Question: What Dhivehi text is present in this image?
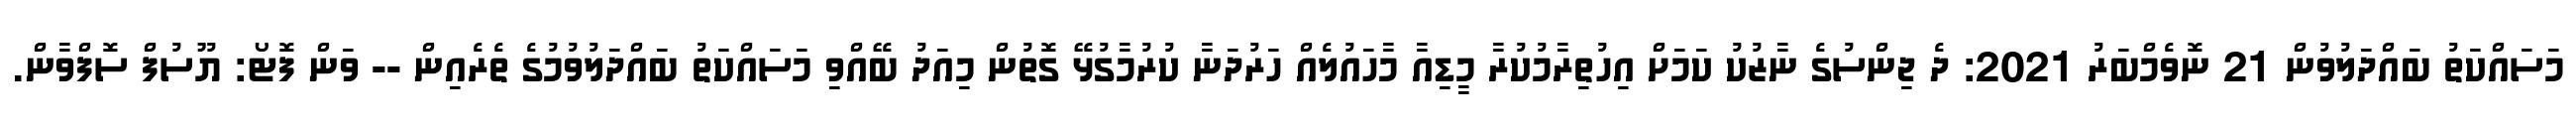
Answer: މަސައްކަތު ބައްދަލުވުން 21 ނޮވެމްބަރު 2021: ދެ ޖިންސުގެ ނާޒުކު ކަމަށް އިހުތިރާމުކުރާ މީޑިއާ މާހައުލެއް ހަރުދަނާ ކުރުމާގުޅޭ ގޮތުން މިއަދު ބޭއްވި މަސައްކަތު ބައްދަލުވުމުގެ ތެރެއިން -- ވަން ފޮޓޯ: ޔޫސުފް ސޮފްވާން.